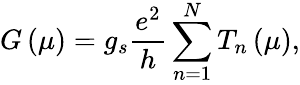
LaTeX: G\left(\mu\right)=g_{s}\frac{e^{2}}{h}\sum_{n=1}^{N}T_{n}\left(\mu\right),